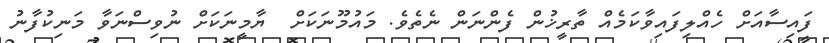
ފައިސާއަށް ހެއްލިފައިވާކަމެއް ތާރީޚުން ފެންނަން ނެތެވެ. މައުމޫނަކަށް  ޔާމީނަކަށް ނުވިސްނަވާ މަނިކުފާނު